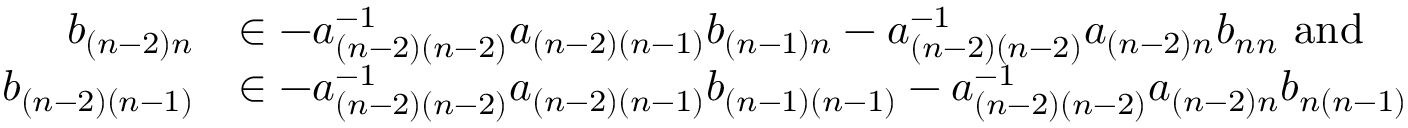
\begin{array} { r l } { b _ { ( n - 2 ) n } } & { \in - a _ { ( n - 2 ) ( n - 2 ) } ^ { - 1 } a _ { ( n - 2 ) ( n - 1 ) } b _ { ( n - 1 ) n } - a _ { ( n - 2 ) ( n - 2 ) } ^ { - 1 } a _ { ( n - 2 ) n } b _ { n n } \mathrm { ~ a n d ~ } } \\ { b _ { ( n - 2 ) ( n - 1 ) } } & { \in - a _ { ( n - 2 ) ( n - 2 ) } ^ { - 1 } a _ { ( n - 2 ) ( n - 1 ) } b _ { ( n - 1 ) ( n - 1 ) } - a _ { ( n - 2 ) ( n - 2 ) } ^ { - 1 } a _ { ( n - 2 ) n } b _ { n ( n - 1 ) } } \end{array}